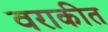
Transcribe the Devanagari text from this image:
वराकीत